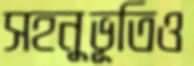
সহনুভূতিও